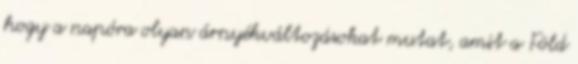
hogy a napóra olyan árnyékváltozásokat mutat, amit a Föld